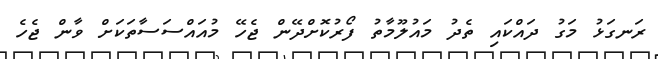
ރަނގަޅު މަގު ދައްކައި ތެދު މައުލޫމާތު ފޯރުކޮށްދޭން ޖެހޭ މުއައްސަސާތަކަށް ވާން ޖެހެ